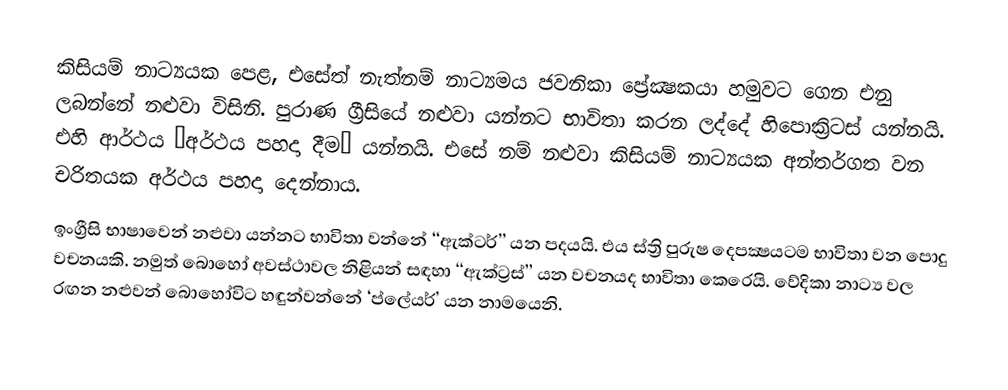
කිසියම් නාට්‍යයක පෙළ, එසේත් නැත්නම් නාට්‍යමය ජවනිකා ප්‍රේක්‍ෂකයා හමුවට ගෙන එනු ලබන්නේ නළුවා විසිනි. පුරාණ ග්‍රීසියේ නළුවා යන්නට භාවිතා කරන ලද්දේ හිපොක්‍රිටස් යන්නයි. එහි ආර්ථය ‘අර්ථය පහදා දීම’ යන්නයි. එසේ නම් නළුවා කිසියම් නාට්‍යයක අන්තර්ගත වන චරිතයක අර්ථය පහදා දෙන්නාය.
ඉංග්‍රීසි භාෂාවෙන් නළුවා යන්නට භාවිතා වන්නේ ‘‘ඇක්ටර්’’ යන පදයයි. එය ස්ත්‍රි පුරුෂ දෙපක්‍ෂයටම භාවිතා වන පොදු වචනයකි. නමුත් බොහෝ අවස්ථාවල නිළියන් සඳහා ‘‘ඇක්ට්‍රස්’’ යන වචනයද භාවිතා කෙරෙයි. වේදිකා නාට්‍ය වල රඟන නළුවන් බොහෝවිට හඳුන්වන්නේ ‘ප්ලේයර්’ යන නාමයෙනි.